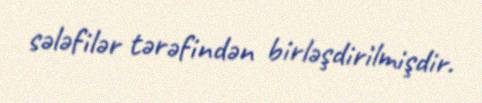
sələfilər tərəfindən birləşdirilmişdir.